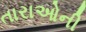
તારાઓની